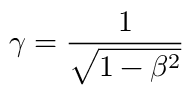
\gamma = \frac { 1 } { \sqrt { 1 - \beta ^ { 2 } } }